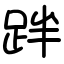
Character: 跘